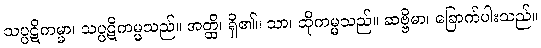
သပ္ပဋိကမ္မာ၊ သပ္ပဋိကမ္မသည်။ အတ္ထိ၊ ရှိ၏။ သာ၊ ထိုကမ္မသည်။ ဆဗ္ဗိမာ၊ ခြောက်ပါးသည်။